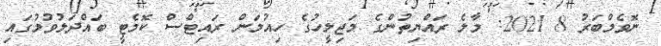
ނޮވެމްބަރު 8 2021: މާލެ ރައްޔިތުންގެ މަޖިލީހުގެ ހިއުމަން ރައިޓްސް ކޮމެޓީ ބައްދަލުވުމުގައި